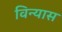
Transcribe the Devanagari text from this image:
विन्‍यास